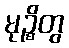
မုဉ္စိတွ